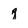
Character: q